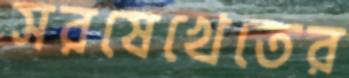
সরষেখেতের